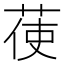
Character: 𦲺